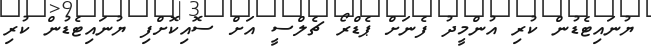
ޔުނައިޓެޑުން ކުރި އުންމީދު ފެނަށް ޕެޑްރޯ ޗެލްސީ އަށް ސޮއިކޮށްފި ޔުނައިޓެޑުން ކުރި